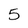
Character: 5